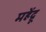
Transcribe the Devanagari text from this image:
महेंद्रू